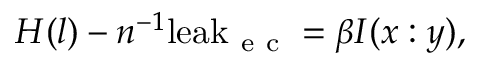
H ( l ) - n ^ { - 1 } \mathrm { l e a k } _ { \mathrm { ~ e ~ c ~ } } = \beta I ( x : y ) ,